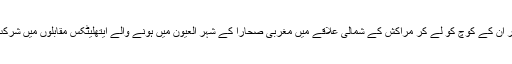
بس نوجوان ایتھلیٹوں اور ان کے کوچ کو لے کر مراکش کے شمالی علاقے میں مغربی صحارا کے شہر العیون میں ہونے والے ایتھلیٹکس مقابلوں میں شرکت کے لیے جارہی تھی۔